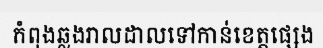
កំពុងឆ្លងរាលដាលទៅកាន់ខេត្តផ្សេង